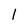
Character: 1